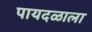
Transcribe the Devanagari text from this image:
पायदळाला